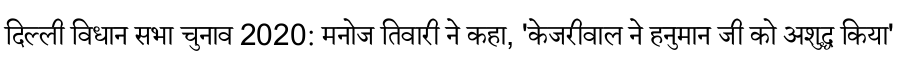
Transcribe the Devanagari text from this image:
दिल्ली विधान सभा चुनाव 2020: मनोज तिवारी ने कहा, 'केजरीवाल ने हनुमान जी को अशुद्ध किया'